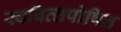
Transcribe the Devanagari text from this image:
स्‍ववित्‍तपोषित